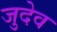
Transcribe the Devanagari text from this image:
जुदेव